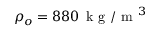
\rho _ { o } = 8 8 0 \, \mathrm { ~ k ~ g ~ / ~ m ~ } ^ { 3 }